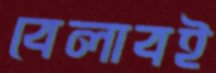
বেলাবই